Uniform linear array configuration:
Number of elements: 16
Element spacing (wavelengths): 0.5
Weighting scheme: kaiser
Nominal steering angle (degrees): -15
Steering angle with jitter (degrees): -13.116
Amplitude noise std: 0.05
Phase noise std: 0.05

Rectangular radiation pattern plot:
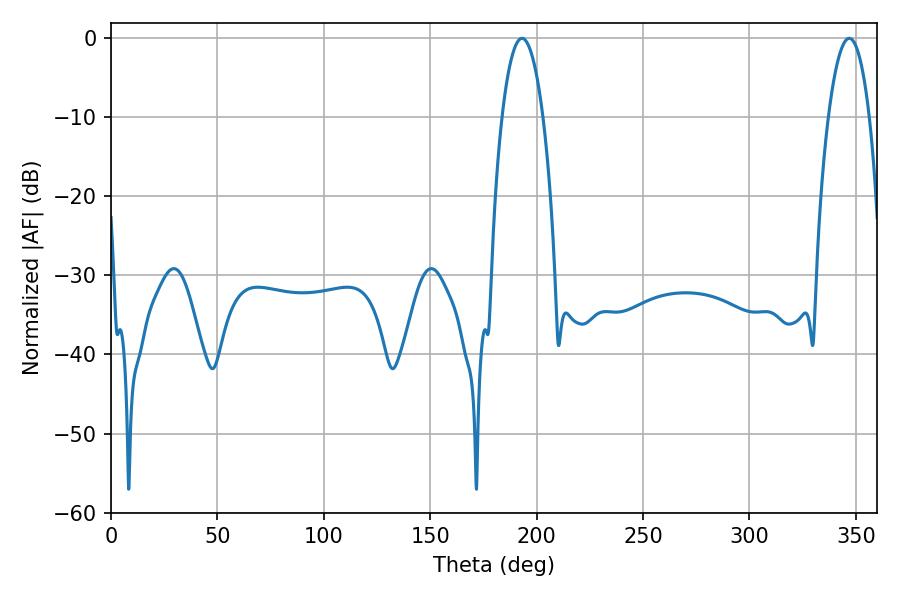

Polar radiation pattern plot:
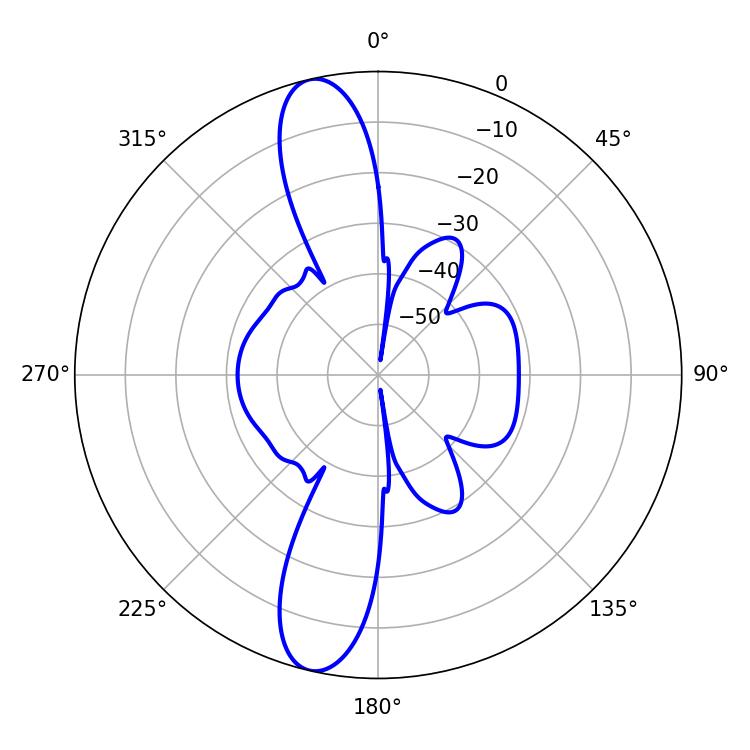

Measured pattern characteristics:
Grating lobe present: FALSE
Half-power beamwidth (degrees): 10.8
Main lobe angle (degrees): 193.14